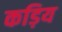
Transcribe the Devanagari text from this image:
कड़िय